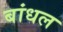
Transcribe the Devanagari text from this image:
बांधल